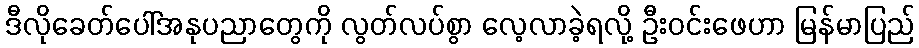
ဒီလိုခေတ်ပေါ်အနုပညာတွေကို လွတ်လပ်စွာ လေ့လာခဲ့ရလို့ ဦးဝင်းဖေဟာ မြန်မာပြည်